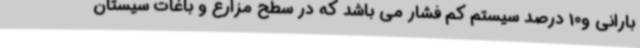
بارانی و10 درصد سیستم کم فشار می باشد که در سطح مزارع و باغات سیستان